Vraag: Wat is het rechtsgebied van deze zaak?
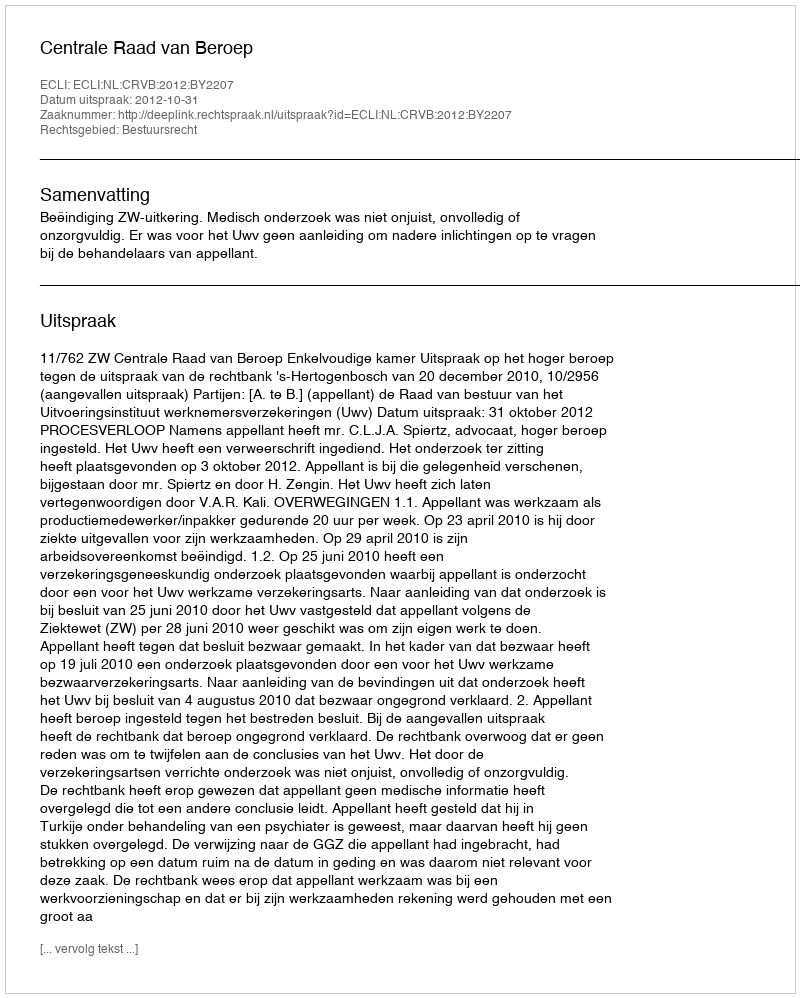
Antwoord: Bestuursrecht